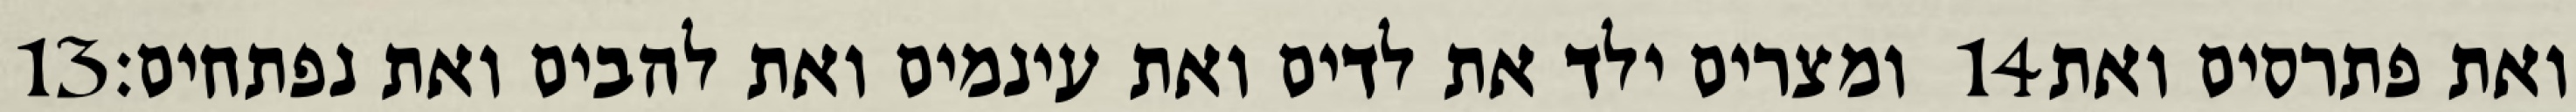
‎13‏ ומצרים ילד את לדים ואת עינמים ואת להבים ואת נפתחים׃ ‎14‏ ואת פתרסים ואת